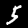
Digit: 5